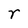
Character: r